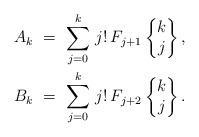
LaTeX: \begin{align*} A_k \ &= \ \sum_{j=0}^{k} \, j! \, F_{j+1} \begin{Bmatrix}k \\ j \end{Bmatrix}, \\ B_k \ &= \ \sum_{j=0}^{k} \, j! \, F_{j+2} \begin{Bmatrix}k \\ j \end{Bmatrix}. \end{align*}